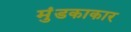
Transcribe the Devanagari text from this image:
मुंडकाकार